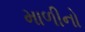
માળીનો